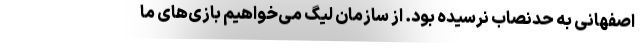
اصفهانی به حدنصاب نرسیده بود. از سازمان لیگ می‌خواهیم بازی‌های ما